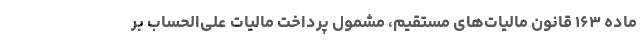
ماده ۱۶۳ قانون مالیات‌های مستقیم، مشمول پرداخت مالیات علی‌الحساب بر